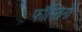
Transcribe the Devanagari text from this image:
फॉस्तिनो